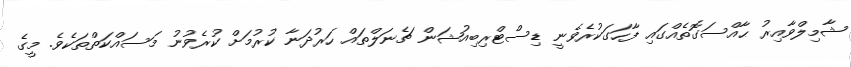
ޝާމިލްވާއިރު ޙާއްސަގޮތެއްގައި ފާހަގަކުރެވެނީ ޑިސްޓްރިބިއުޝަން ޗެނަލްތައް ހަރުދަނާ ކުރުމަށް ކުރެވުނު މަސައްކަތްތަކެވެ. މީގެ